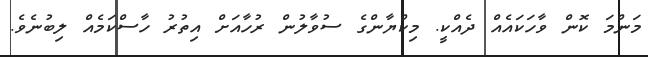
މަންމަ ކޮން ވާހަކައެއް ދެއްކީ. މިކްޔާންގެ ސުވާލުން ރުހާއަށް އިތުރު ހާސްކަމެއް ލިބުނެވެ.